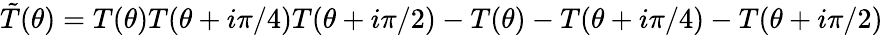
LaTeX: \tilde{T}(\theta)=T(\theta)T(\theta+i\pi/4)T(\theta+i\pi/2)-T(\theta)-T(\theta+i\pi/4)-T(\theta+i\pi/2)